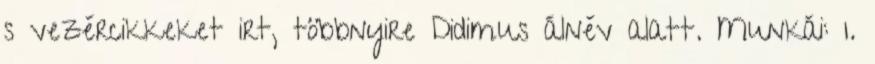
s vezércikkeket irt, többnyire Didimus álnév alatt. Munkái: 1.